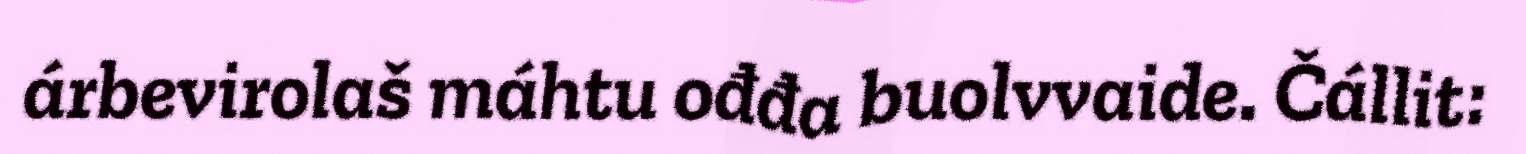
árbevirolaš máhtu ođđa buolvvaide. Čállit: